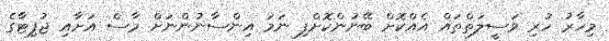
މިހާރު ހުރި ވަސީލަތްތައް އެއްކޮށް ބޭނުންކޮށްފި ނަމަ އިންސާނުންނަށް މާސް އަށާއި ޖުޕިޓާގެ